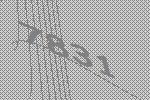
7831